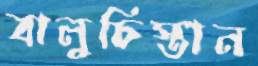
বালুচিস্তান